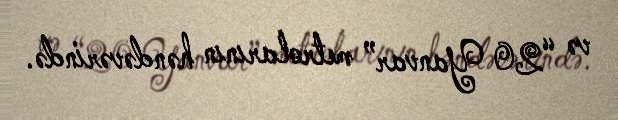
və “20 Yanvar” metrolarının həndəvərində.